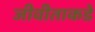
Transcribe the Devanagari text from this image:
जीवीताकडे